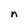
Character: n